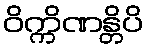
ဝိက္ကိဏန္တိပိ